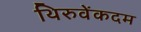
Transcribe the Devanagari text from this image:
थिरुवेंकदम